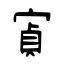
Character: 寊